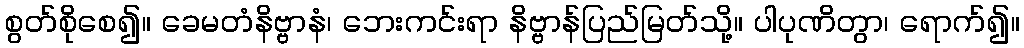
စွတ်စိုစေ၍။ ခေမတံနိဗ္ဗာနံ၊ ဘေးကင်းရာ နိဗ္ဗာန်ပြည်မြတ်သို့။ ပါပုဏိတွာ၊ ရောက်၍။